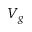
V _ { g }